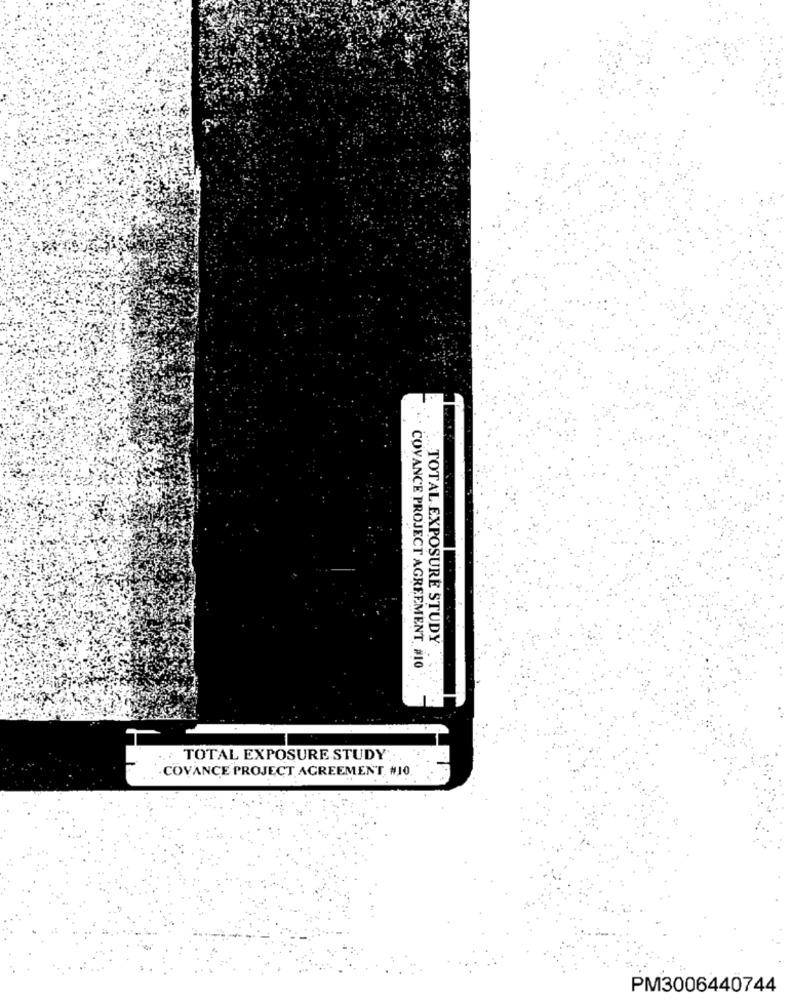
.TOTAL EXPOSURE STUDY
COVANCE PROJECT AGREEMENT #10
TOTAL EXPOSURE STUDY
COVANCE PROJECT AGREEMENT, #10
PM3006440744